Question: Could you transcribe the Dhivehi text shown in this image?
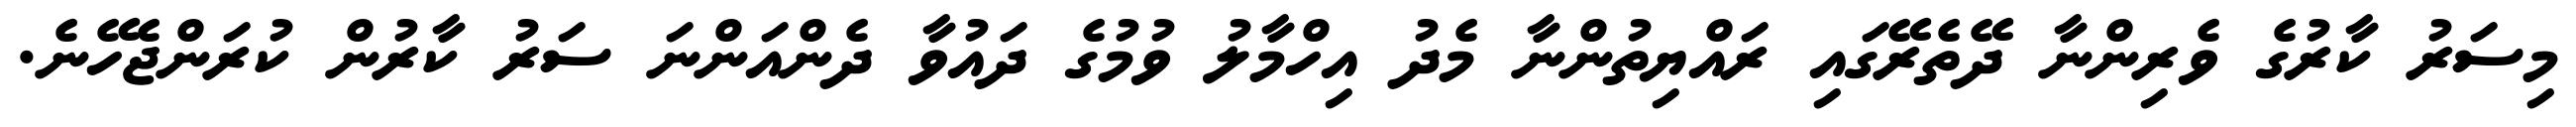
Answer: މިސަރު ކާރުގެ ވެރިންނާ ދޭތެރޭގައި ރައްޔިތުންނާ މެދު އިހްމާލު ވުމުގެ ދައުވާ ދެންއަންނަ ސަރު ކާރުން ކުރަންޖެހޭނެ.